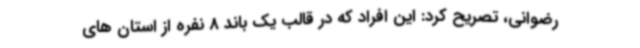
رضوانی، تصریح کرد: این افراد که در قالب یک باند 8 نفره از استان های